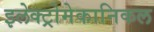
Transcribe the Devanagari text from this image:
इलेक्ट्रोमेकानिकल